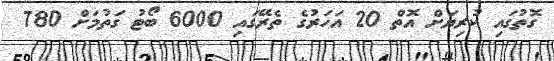
ގޮތުގައި ކުރިޔަށް އޮތް 20 އަހަރުގެ ތެރޭގައި 6000 ބޯޓު ގަތުމަށް 780